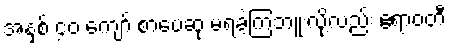
အနှစ် ၄၀ ကျော် စာပေဆု မရခဲ့ကြဘူးလို့လည်း ဧရာဝတီ